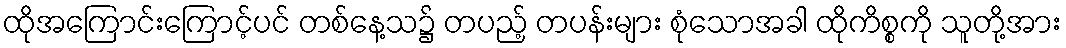
ထိုအကြောင်းကြောင့်ပင် တစ်နေ့သ၌ တပည့် တပန်းများ စုံသောအခါ ထိုကိစ္စကို သူတို့အား